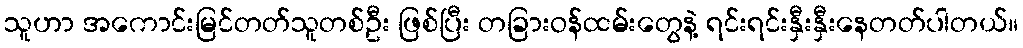
သူဟာ အကောင်းမြင်တတ်သူတစ်ဦး ဖြစ်ပြီး တခြားဝန်ထမ်းတွေနဲ့ ရင်းရင်းနှီးနှီးနေတတ်ပါတယ်။